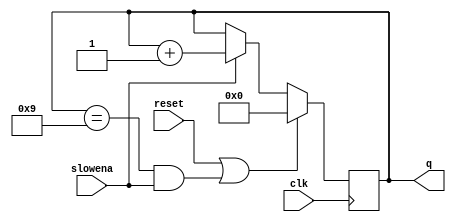
module top_module (
    input clk,
    input slowena,
    input reset,
    output [3:0] q);

    initial
        q = 4'd0;
    
    always @(posedge clk)
        if(reset | (q == 4'd9 && slowena == 1'b1))
            q = 4'd0;
    	else if(slowena)
            q = q + 1'b1;
endmodule